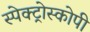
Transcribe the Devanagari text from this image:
स्‍पेक्‍ट्रोस्‍कोपी